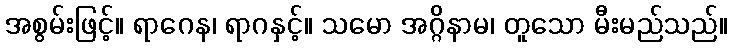
အစွမ်းဖြင့်။ ရာဂေန၊ ရာဂနှင့်။ သမော အဂ္ဂိနာမ၊ တူသော မီးမည်သည်။